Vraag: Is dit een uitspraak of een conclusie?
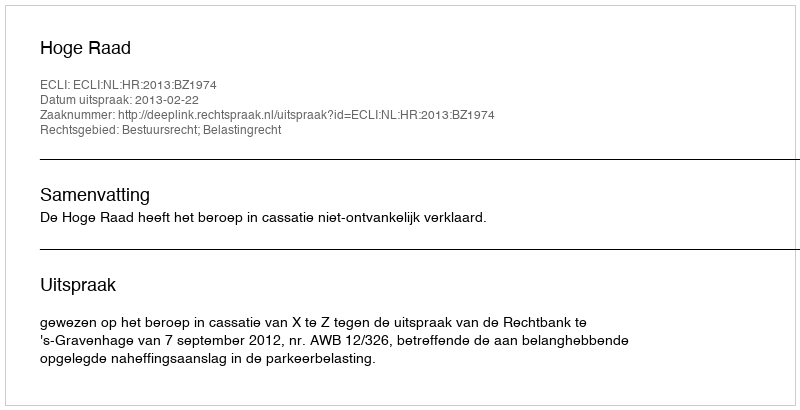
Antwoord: Uitspraak